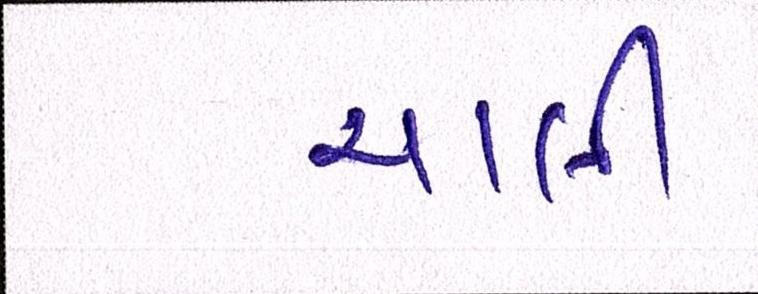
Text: ચાલી